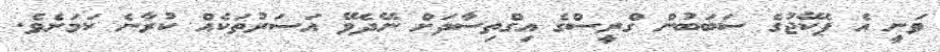
ވަނީ އެ ޕެކޭޖުގެ ސަބަބުން ގްރީސްގެ އިގްތިސާދަށް ނޭދެވޭ އަސަރުތަކެއް ކުރާނެ ކަމަށެވެ.